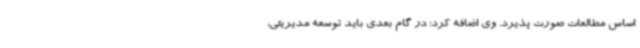
اساس مطالعات صورت پذیرد. وی اضافه کرد: در گام بعدی باید توسعه مدیریتی،